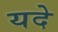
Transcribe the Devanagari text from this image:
यदे